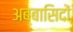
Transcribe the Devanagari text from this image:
अब्बासिदों